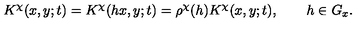
K ^ { \chi } ( x , y ; t ) = K ^ { \chi } ( h x , y ; t ) = \rho ^ { \chi } ( h ) K ^ { \chi } ( x , y ; t ) , \qquad h \in G _ { x } .